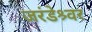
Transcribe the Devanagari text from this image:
जरंडेश्र्वर